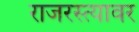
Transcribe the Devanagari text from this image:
राजरस्त्यावर